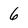
Character: 6